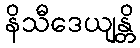
နိသီဒေယျန္တိ